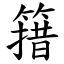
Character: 簎